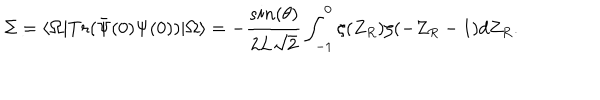
LaTeX: \Sigma = \langle \Omega \vert T r ( { \bar { \Psi } ( 0 ) } \Psi ( 0 ) ) \vert \Omega \rangle = - { \frac { s i n ( \theta ) } { 2 L \sqrt { 2 } } } \int _ { - 1 } ^ { 0 } \zeta ( Z _ { R } ) \zeta ( - Z _ { R } - 1 ) d Z _ { R } .